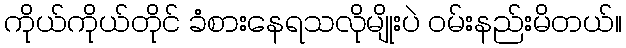
ကိုယ်ကိုယ်တိုင် ခံစားနေရသလိုမျိုးပဲ ဝမ်းနည်းမိတယ်။